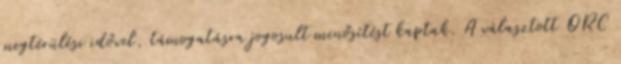
megtérülési idővel, támogatásra jogosult minősítést kaptak. A választott ORC